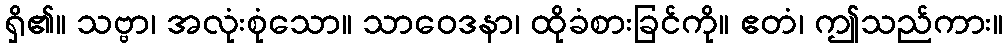
ရှိ၏။ သဗ္ဗာ၊ အလုံးစုံသော။ သာဝေဒနာ၊ ထိုခံစားခြင်ကို။ ဧတံ၊ ဤသည်ကား။